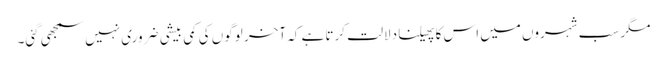
مگر سب شہروں میں اس کا پھیلنا دلالت کرتا ہے کہ آخر لوگوں کی کمی بیشی ضروری نہیں سمجھی گئی۔